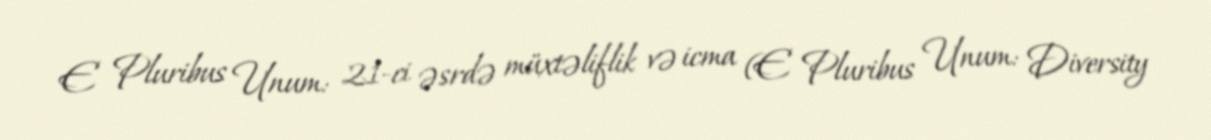
E Pluribus Unum: 21-ci əsrdə müxtəliflik və icma (E Pluribus Unum: Diversity